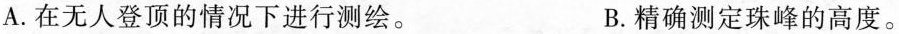
A.在无人登顶的情况下进行测绘。 B.精确测定珠峰的高度。